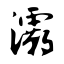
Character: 灞